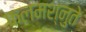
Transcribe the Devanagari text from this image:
फलमश्नुते